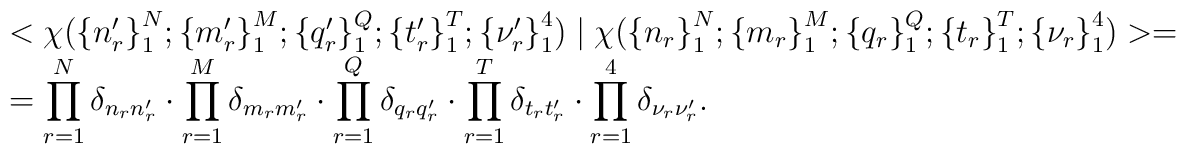
\begin{array}{l}<\chi({\{n'_{r}\}}^{N}_{1};{\{m'_{r}\}}^{M}_{1};{\{q'_{r}\}}^{Q}_{1};{\{t'_{r}\}}^{T}_{1};{\{\nu'_{r}\}}^{4}_{1})\mid\chi({\{n_{r}\}}^{N}_{1};{\{m_{r}\}}^{M}_{1};{\{q_{r}\}}^{Q}_{1};{\{t_{r}\}}^{T}_{1};{\{\nu_{r}\}}^{4}_{1})>=\\=\displaystyle \prod_{r=1}^{N}\delta_{n_{r}n'_{r}}\cdot\displaystyle \prod_{r=1}^{M}\delta_{m_{r}m'_{r}}\cdot\displaystyle \prod_{r=1}^{Q}\delta_{q_{r}q'_{r}}\cdot\displaystyle \prod_{r=1}^{T}\delta_{t_{r}t'_{r}}\cdot\displaystyle \prod_{r=1}^{4}\delta_{\nu_{r}\nu'_{r}}.\end{array}